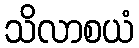
သိလာစယံ